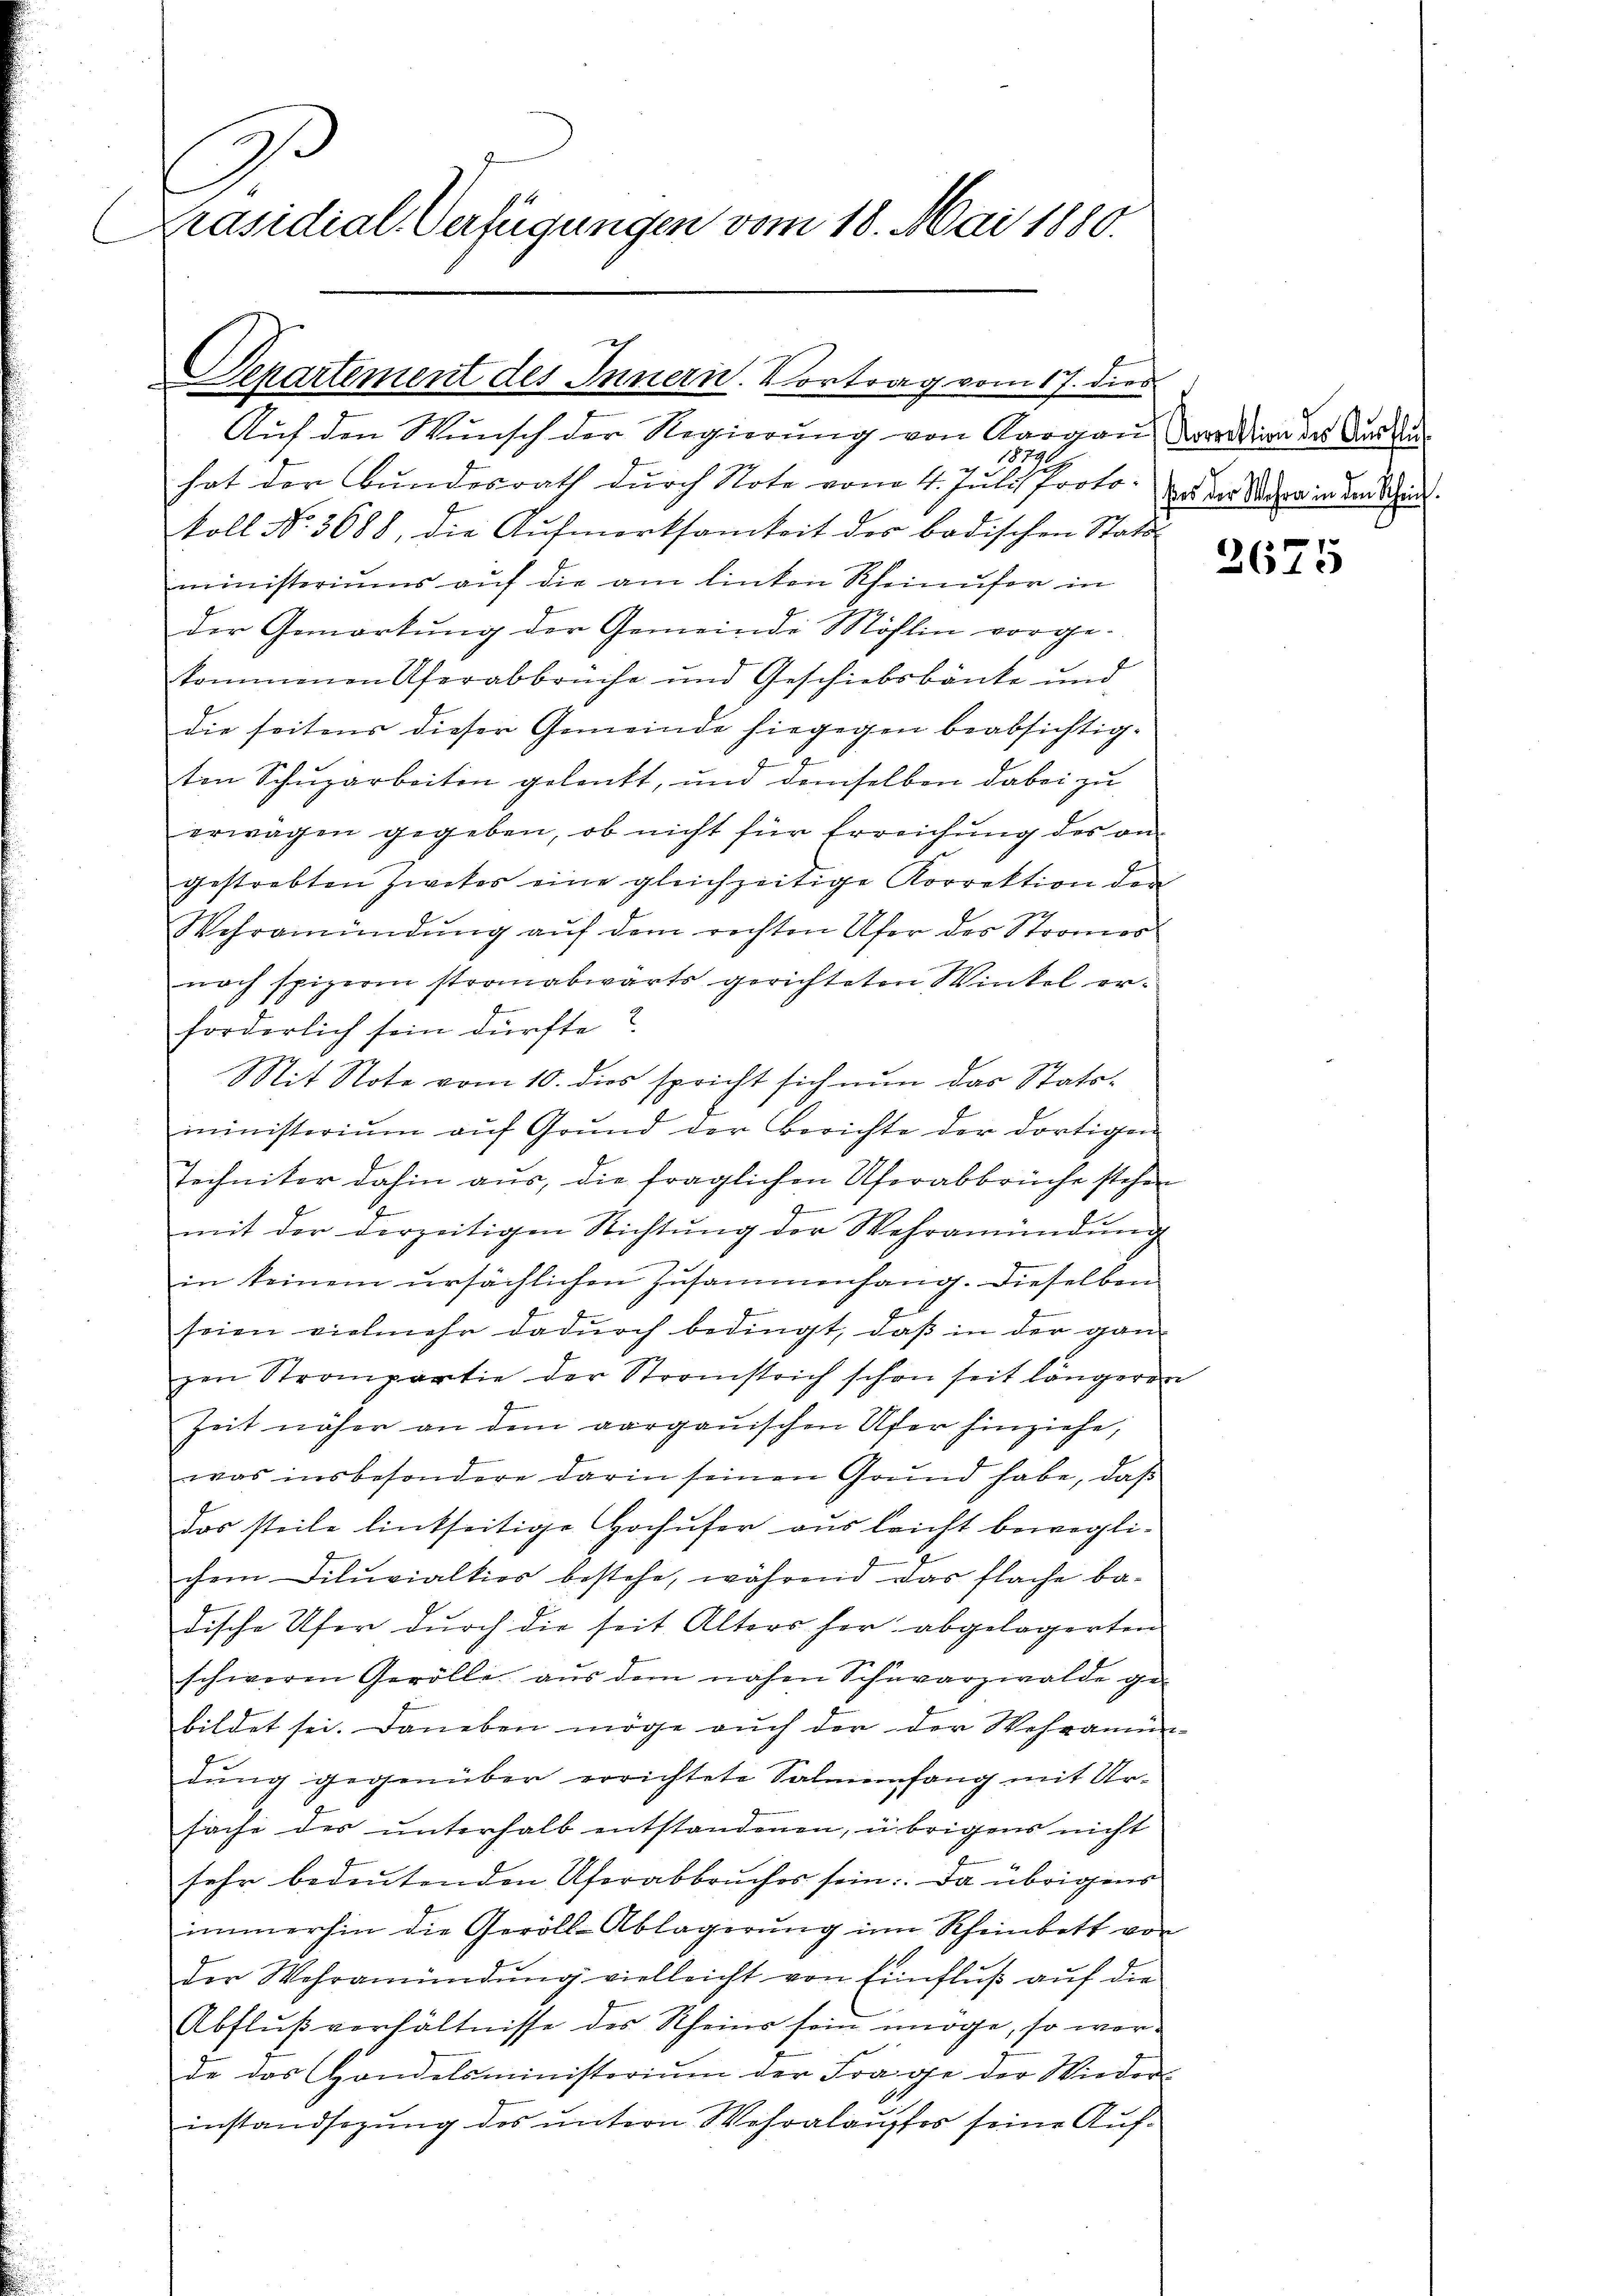
.
V
Präsidial-Verfügungen vom 18. Mai 1880.

Separtement des Innern. Vortrag vom 17. dies

Auf den Wunsch der Regierung von Aargau, Kardin des der An¬
2
hat der Bundesrath durch Note vom 4. Juli Proto-
koll No. 3688, die Aufmerksamkeit des badischen Statt
ministeriums auf die am linken Rheinufer in
der Gemarkung der Gemeinde Möslin vorgekommenen Uferabbruche und Geschiebsbänke und
die seitens dieser Gemeinde hiegegen beabsichtigs
ten Schuzarbeiten gelenkt, und demselben dabei zu
erwägen gegeben, ob nicht für Erreichŭng des an-
gestrebten Zweter eine gleichzeitige Korrektion den
Wehramündung auf dem rechten Ufer des Stromes
nach spizern stranabwärts gerichteten Winkel erforderlich sein dürfte?
Mit Note vom 10. dies spricht sich nun das Statsministerium auf Grund der Berichte der dortigen
Techniker dahin aus, die fraglichen Uferabbrüche stehen
d
mit der derzeitigen Richtŭng der Wehramündŭng
in keinem ursächlichen Zusammenhang. Dieselben
seien vielmehr dadurch bedingt, daß in der ganz
zen Strompartie der Stromstrich schon seit längeren
Zeit näher an dem aargauischen Ufer hinziehe,
was insbesondere darin seinen Grŭnd habe, daβ
das steile linkseitige Hochufer aus leicht beweglichem Diluvialtios bestehe, während das flache badische Ufer durch die seit Alters her abgelegerten
schweren Gerölle aus dem nahen Schwarzwalde ge-
bildet sei. Daneben möge auch der der Wehramun-
dung gegenüber errichtete Salmenfang mit Ursache des unterhalb entstandenen, übrigens nicht
sehr bedeutenden Uferabbruches sein: Da übrigens
immerhin die Geröll-Ablagerung im Rheinbett von
der Wehramündung vielleicht von Einfluß auf die
Abflŭβverhältnisse des Rheins sein möge, so werde das Handelsministerium der Frage der Wieder-
instandsazung des untern Wehralaustos seine Auf¬

ßes der Wahre in den Schein.

2675